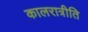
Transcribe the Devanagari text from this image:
कालरात्रीति